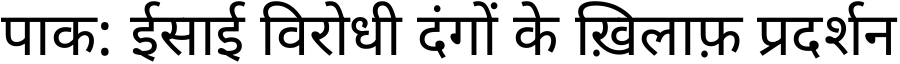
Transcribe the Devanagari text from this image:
पाक: ईसाई विरोधी दंगों के ख़िलाफ़ प्रदर्शन